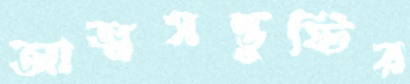
আত্মসন্তুষ্টির